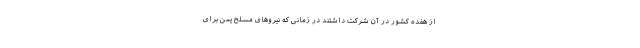
از هفده کشور در آن شرکت داشتند در زمانی که نیروهای مسلح یمن برای